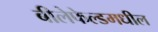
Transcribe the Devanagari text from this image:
बीलेफेल्डमधील